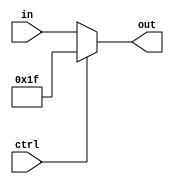
module multiplexador_jal(in, ctrl, out);
	// Entradas
	input [4:0] in; // Registrador a ser escrito
	input ctrl;
	
	// Saida
	output [4:0] out;
	
	assign out = ctrl ? 5'b11111 : in;
endmodule